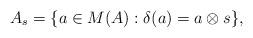
LaTeX: \begin{align*}A_s=\{a\in M(A):\delta(a)=a\otimes s\},\end{align*}